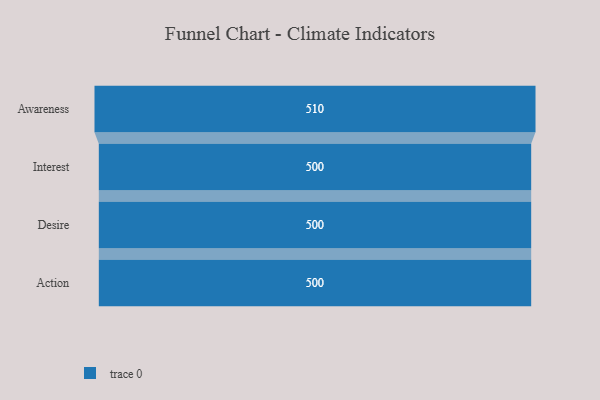
{"axis": {"x": "Stage", "y": "Value"}, "legend": [""], "data": [{"x": "Awareness", "y": 510.0, "type": ""}, {"x": "Interest", "y": 500, "type": ""}, {"x": "Desire", "y": 500, "type": ""}, {"x": "Action", "y": 500, "type": ""}]}